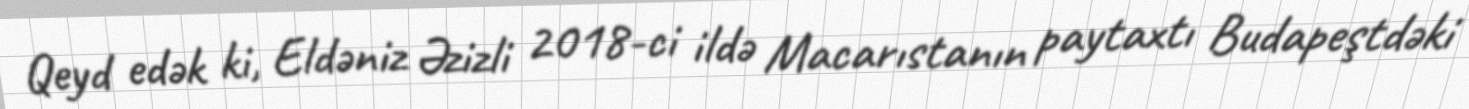
Qeyd edək ki, Eldəniz Əzizli 2018-ci ildə Macarıstanın paytaxtı Budapeştdəki